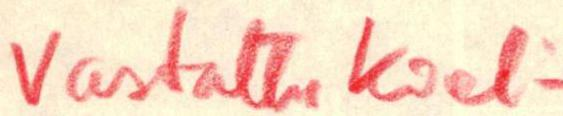
Vastattu kiel-